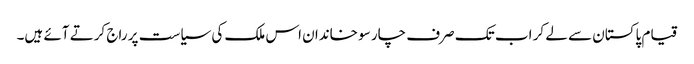
قیام پاکستان سے لے کر اب تک صرف چار سو خاندان اس ملک کی سیاست پر راج کرتے آئے ہیں۔